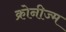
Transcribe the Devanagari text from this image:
क्रोनीज्म